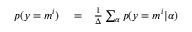
\begin{array} { r l r } { p ( y = m ^ { i } ) } & { { } = } & { \frac { 1 } { \Delta } \sum _ { \alpha } p ( y = m ^ { i } | \alpha ) } \end{array}